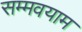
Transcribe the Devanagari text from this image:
सम्मवयाम